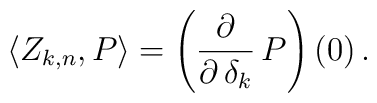
\langle Z_{k,n} , P \rangle = \left( {\partial \over \partial \, \delta_k} \, P \right) (0) \, .